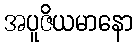
အပူဇိယမာနော